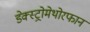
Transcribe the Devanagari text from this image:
डेक्स्ट्रोमेथोरफान